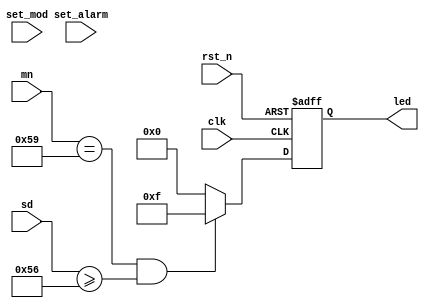
// for reporting punctually(from 59:56 to 00:00)

module timebar (
    input               clk,
    input               rst_n,

    input               set_mod,
    input               set_alarm,

    input       [7:0]   mn,
    input       [7:0]   sd,

    output reg  [3:0]   led
);
    always @(posedge clk, negedge rst_n) begin
        if(!rst_n) begin
            led <= 1'b0;
        end
        else begin
            if(mn == 8'h59 && sd >= 8'h56) begin
                led <= 4'b1111;
            end
            else begin
                led <= 1'b0; 
            end
        end
    end
    
endmodule